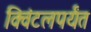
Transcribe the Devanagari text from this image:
क्विंटलपर्यंत